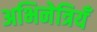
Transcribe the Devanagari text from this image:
अभिनेत्रियँ